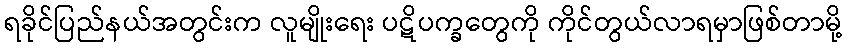
ရခိုင်ပြည်နယ်အတွင်းက လူမျိုးရေး ပဋိပက္ခတွေကို ကိုင်တွယ်လာရမှာဖြစ်တာမို့